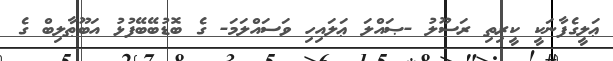
ޢަލީގެފާނަކީ ކީރިތި ރަސޫލު -ޞައްލަ ޢަލައިހި ވަސައްލަމަ- ގެ ބޮޑުބޭބޭފުޅު އަބޫޠާލިބް ގެ